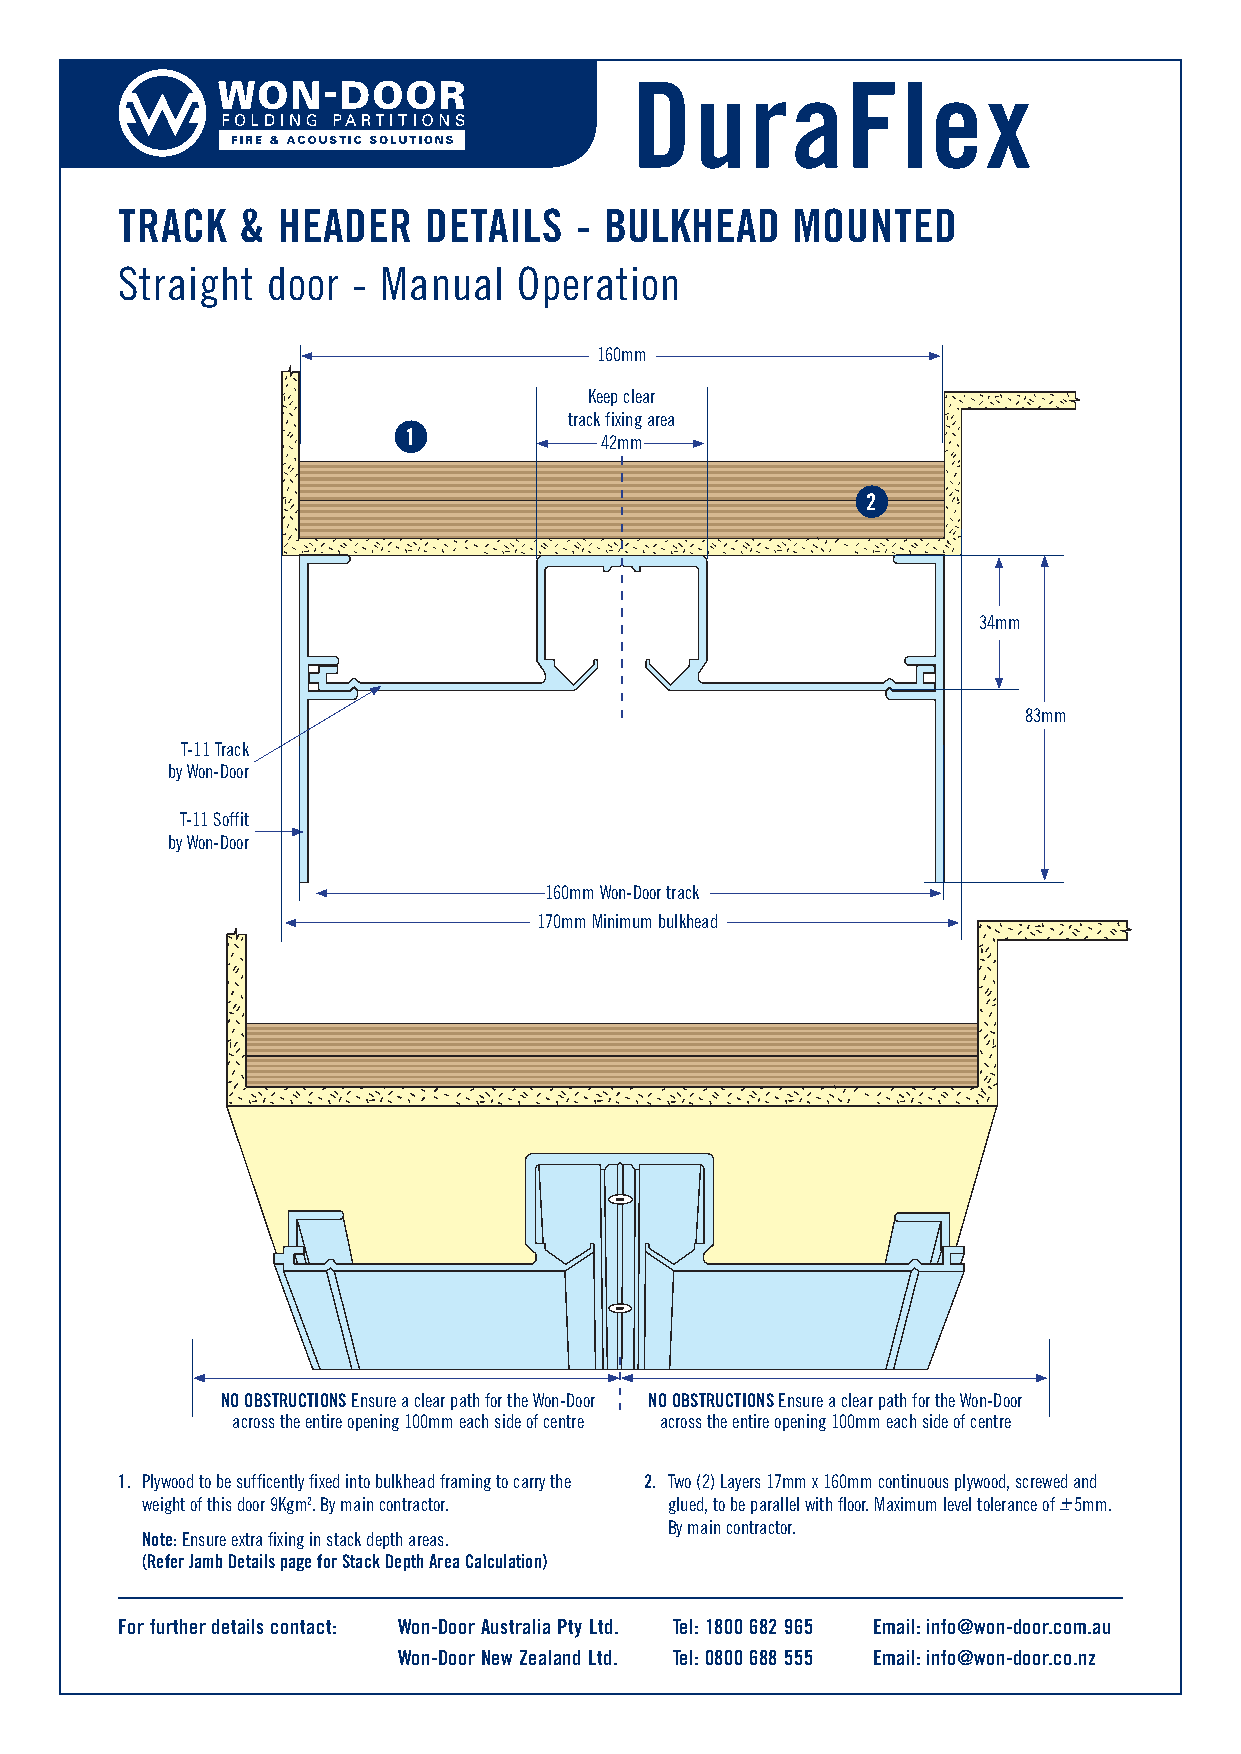
DuraFlex
 TRACK   & HEADER    DETAILS   - BULKHEAD     MOUNTED
 Straight  door - Manual   Operation
 160mm
 Keep clear
 track fixing area
 1            42mm
 2
 34mm
 83mm
 T-11 Track
 by Won-Door
 T-11 Soffit
 by Won-Door
 160mm Won-Door track
 170mm Minimum bulkhead
 NO OBSTRUCTIONS Ensure a clear path for the Won-Door NO OBSTRUCTIONS Ensure a clear path for the Won-Door
 across the entire opening 100mm each side of centre across the entire opening 100mm each side of centre
 1. Plywood to be sufficently fixed into bulkhead framing to carry the 2. Two (2) Layers 17mm x 160mm continuous plywood, screwed and
 weight of this door 9Kgm2. By main contractor. glued, to be parallel with floor. Maximum level tolerance of +_ 5mm.
 By main contractor.
 Note: Ensure extra fixing in stack depth areas.
 (Refer Jamb Details page for Stack Depth Area Calculation)
 For further details contact: Won-Door Australia Pty Ltd. Tel: 1800 682 965 Email: info@won-door.com.au
 Won-Door New Zealand Ltd. Tel: 0800 688 555 Email: info@won-door.co.nz